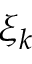
\xi _ { k }